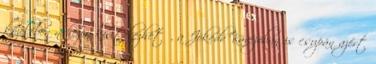
közelében nehezen kivitelezhető, a Jókedv Kávézóban is csupán azért